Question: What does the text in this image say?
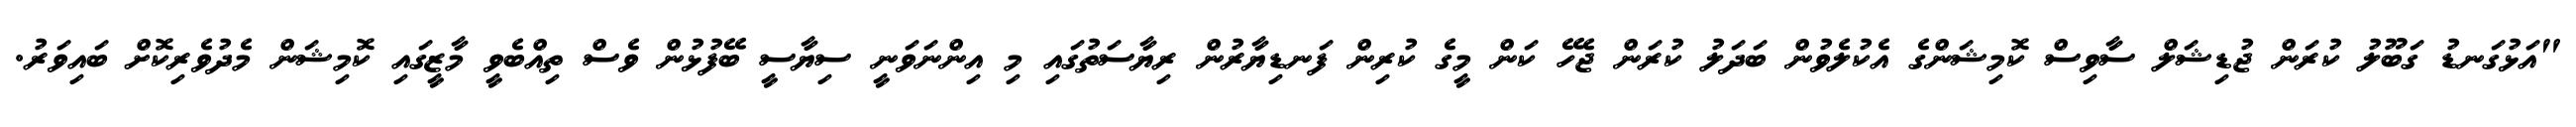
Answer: "އަޅުގަނޑު ގަބޫލު ކުރަން ޖުޑިޝަލް ސާވިސް ކޮމިޝަންގެ އެކުލެވުން ބަދަލު ކުރަން ޖެހޭ ކަން މީގެ ކުރިން ފަނޑިޔާރުން ރިޔާސަތުގައި މި އިންނަވަނީ ސިޔާސީ ބޭފުޅުން ވެސް ތިއްބެވީ މާޒީގައި ކޮމިޝަން މެދުވެރިކޮށް ބައިވަރު.